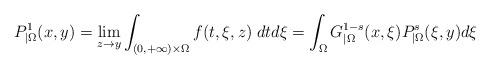
LaTeX: \begin{align*}P_{|\Omega}^1(x,y)=\lim_{z\to y}\int_{(0,+\infty)\times\Omega} f(t,\xi,z)\;dt d\xi = \int_{\Omega} G^{1-s}_{|\Omega}(x,\xi)P^s_{|\Omega}(\xi,y)d\xi\end{align*}